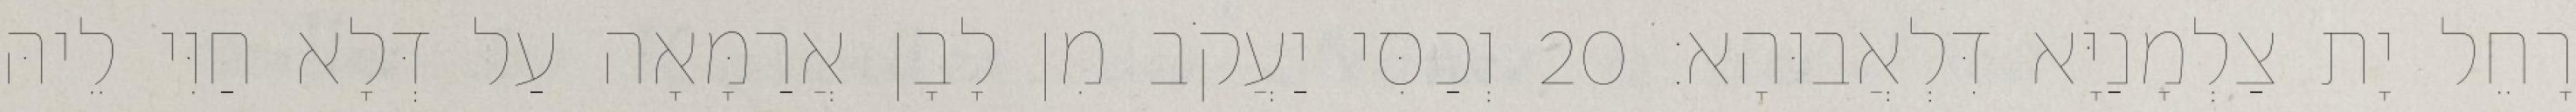
רָחֵל יָת צַלְמָנַיָּא דִּלְאֲבוּהָא׃ 20 וְכַסִּי יַעֲקֹב מִן לָבָן אֲרַמָּאָה עַל דְּלָא חַוִּי לֵיהּ